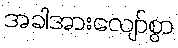
အခါအားလျော်စွာ